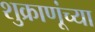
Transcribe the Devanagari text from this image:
शुक्राणूंच्या